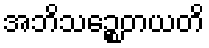
အဘိသဉ္စေတယတိ